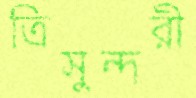
ত্রিসুন্দরী